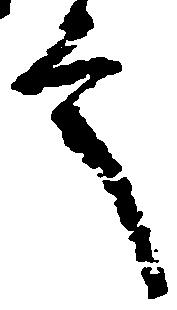
言